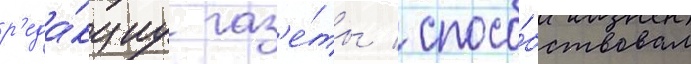
р'еда́кциу газ'е́ты / спосо́бствовал